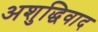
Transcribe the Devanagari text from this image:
अशुद्धिवाद